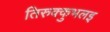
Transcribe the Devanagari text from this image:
तिरुक्कुभलइ